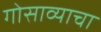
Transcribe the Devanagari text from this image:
गोसाव्याचा